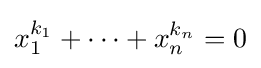
x_{1}^{k_{1}}+\cdots +x_{n}^{k_{n}}=0